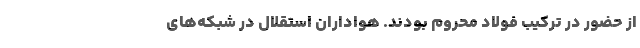
از حضور در ترکیب فولاد محروم بودند. هواداران استقلال در شبکه‌های